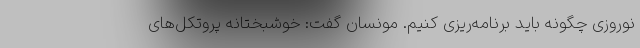
نوروزی چگونه باید برنامه‌ریزی کنیم. مونسان گفت: خوشبختانه پروتکل‌های